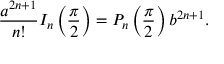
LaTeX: { \frac { a ^ { 2 n + 1 } } { n ! } } I _ { n } \left( { \frac { \pi } { 2 } } \right) = P _ { n } \left( { \frac { \pi } { 2 } } \right) b ^ { 2 n + 1 } .